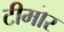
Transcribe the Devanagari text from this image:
टीमोर